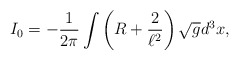
\begin{align*}I_{0} = -\frac{1}{2 \pi} \int \left( R + \frac{2}{\ell^2} \right)\sqrt{g} d^3x,\end{align*}